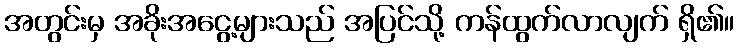
အတွင်းမှ အခိုးအငွေ့များသည် အပြင်သို့ ကန်ထွက်လာလျက် ရှိ၏။